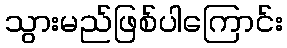
သွားမည်ဖြစ်ပါကြောင်း